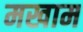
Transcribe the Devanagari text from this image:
मखाम